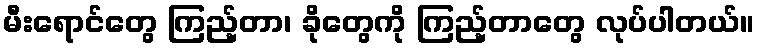
မီးရောင်တွေ ကြည့်တာ၊ ခိုတွေကို ကြည့်တာတွေ လုပ်ပါတယ်။